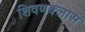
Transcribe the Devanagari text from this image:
शिवणक्लास